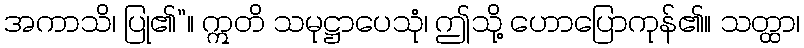
အကာသိ၊ ပြု၏”။ ဣတိ သမုဋ္ဌာပေသုံ၊ ဤသို့ ဟောပြောကုန်၏။ သတ္ထာ၊